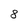
Character: 8